Report of the Indian Hemp Drugs Commission, 1894-1895 - Volume VI
Year: 1894
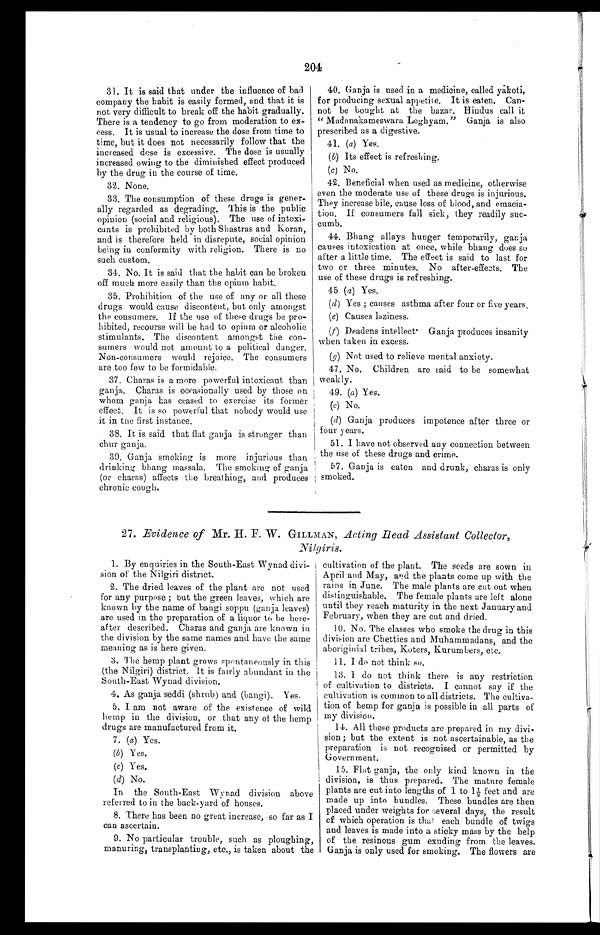
204
31. It is said that under the influence of bad
company the habit is easily formed, and that it is
not very difficult to break off the habit gradually.
There is a tendency to go from moderation to ex-
cess. It is usual to increase the dose from time to
time, but it does not necessarily follow that the
increased dose is excessive. The dose is usually
increased owing to the diminished effect produced
by the drug in the course of time.
32. None.
33. The consumption of these drugs is gener-
- a l l y r e g a r d e d a s d e g r a d i n g . T h i s i s t h e p u b l i c
opinion (social and religious). The use of intoxi-
cants is prohibited by both Shastras and Koran,
and is therefore held in disrepute, social opinion
being in conformity with religion. There is no
such custom.
34. No. It is said that the habit can be broken
off much more easily than the opium habit.
35. Prohibition of the use of any or all these
drugs would cause discontent, but only amongst
the consumers. If the use of these drugs be pro-
hibited, recourse will be had to opium or alcoholic
stimulants. The discontent amongst the con-
sumers would not amount to a political danger.
Non-consumers would rejoice. The consumers
are too few to be formidable.
37. Charas is a more powerful intoxicant than
Charas is occasionally used by those on
whom ganja has ceased to exercise its former
effect. It is so powerful that nobody would use
it in the first instance.
38. It is said that flat ganja is stronger than
chur ganja.
39. Ganja smoking is more injurious than
drinking bhang massala. The smoking of ganja
(or charas) affects the breathing, and produces
chronic cough.
4 0 . G a n j a i s u s e d i n a m e d i c i n e , c a l l e d y a k o t i ,
for producing sexual appetite. It is eaten. Can-
not be bought at the bazar. Hindus call it
"Madanakameswara Leghyam." Ganja is also
prescribed as a digestive.
41. (a) Yes.
(b) Its effect is refreshing.
(c) No.
42. Beneficial when used as medicine, otherwise
even the moderate use of these drugs is injurious.
They increase bile, cause loss of blood, and emacia-
tion. If consumers fall sick, they readily suc-
cumb.
44. Bhang allays hunger temporarily, ganja
causes intoxication at once, while bhang does so
after a little time. The effect is said to last for
two or three minutes. No after-effects. The
use of these drugs is refreshing.
45 (a) Yes.
(d) Yes; causes asthma after four or five years
.
(e) Causes laziness.
(f) Deadens intellect Ganja produces insanity
when taken in excess.
(g) Not used to relieve mental anxiety.
47. No. Children are said to be somewhat
weakly.
49. (a) Yes.
(c) No.
(d) Ganja produces impotence after three or
four years.
51. I have not observed any connection between
the use of these drugs and crime.
57. Ganja is eaten and drunk, charas is only
smoked.
27. Evidence of Mr. H. F. W. GILLMAN, Acting Head Assistant Collector, Nilgiris.
1. By enquiries in the South-East Wynad divi
-sion of the Nilgiri district.
2. The dried leaves of the plant are not used
for any purpose; but the green leaves, which are
known by the name of bangi soppu (ganja leaves)
are used in the preparation of a liquor to be here-
after described. Charas and ganja are known in
the division by the same names and have the same
meaning as is here given.
3. The hemp plant grows spontaneously in this
(the Nilgiri) district. It is fairly abundant in the
South-East Wynad division.
4. As ganja seddi (shrub) and (bangi). Yes.
5. I am not aware of the existence of wild
hemp in the division, or that any of the hemp
drugs are manufactured from it.
7. (a) Yes.
(b) Yes.
(c) Yes .
(d) No.
In the South-East Wynad division above
referred to in the backs-yard of houses.
8. There has been no great increase, so far as I
can ascertain.
9. No particular trouble, such as ploughing,
manuring, transplanting, etc., is taken about the
cultivation of the plant. The seeds are sown in
April and May, and the plants come up with the
rains in June. The male plants are cut out when
distinguishable. The female plants are left alone
until they reach maturity in the next January and
February, when they are cut and dried.
10. No. The classes who smoke the drug in this
division are Chetties and Muhammadans, and the
aboriginial tribes, Koters, Kurumbers, etc.
11. I do not think so.
13.I do not think there is any restriction
of cultivation to districts. I cannot say if the
cultivation is common to all districts. The cultiva-
tion of hemp for ganja is possible in all parts of
my division.
14. All these products are prepared in my divi-
sion; but the extent is not ascertainable, as the
preparation is not recognised or permitted by
Government.
15. Flat ganja, the only kind known in the
division, is thus prepared. The mature female
plants are cut into lengths of 1 to 1½ feet and are
made up into bundles. These bundles are then
placed under weights for several days, the result
o f w h i c h o p e r a t i o n i s t h a t e a c h b u n d l e o f t w i g s
and leaves is made into a sticky mass by the help
of the resinous gum exuding from the leaves.
Ganja is only used for smoking. The flowers are